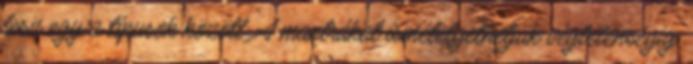
lesz egy a típusok között. A mantrákat ismételgethetjük végtelenségig,